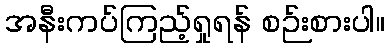
အနီးကပ်ကြည့်ရှုရန် စဉ်းစားပါ။